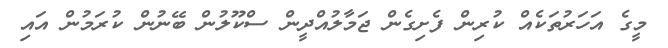
މީގެ އަހަރުތަކެއް ކުރިން ފެށިގެން ޖަމާލުއްދީން ސްކޫލުން ބޭނުން ކުރަމުން އައި